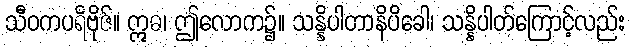
သီဝကပရိဗိုဇ်။ ဣဓ၊ ဤလောက၌။ သန္နိပါတာနိပိခေါ၊ သန္နိပါတ်ကြောင့်လည်း